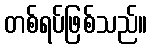
တစ်ရပ်ဖြစ်သည်။